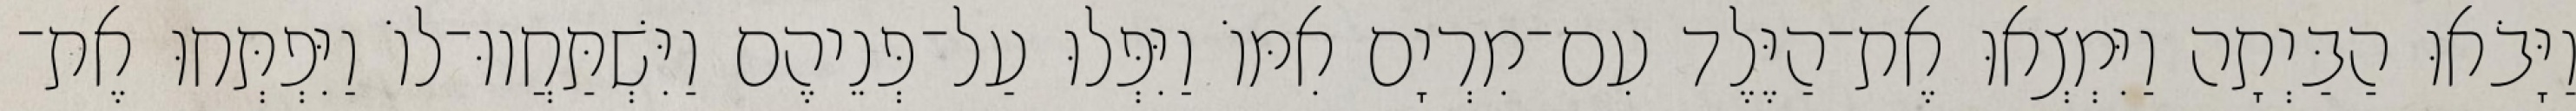
וַיָּבֹאוּ הַבַּיְתָה וַיִּמְצְאוּ אֶת־הַיֶּלֶד עִם־מִרְיָם אִמּוֹ וַיִּפְּלוּ עַל־פְּנֵיהֶם וַיִּשְׁתַּחֲווּ־לוֹ וַיִּפְתְּחוּ אֶת־